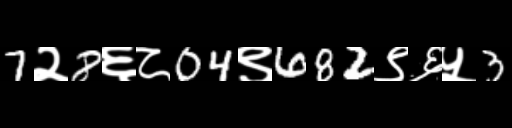
Text: 7२8६८04९682९६५3